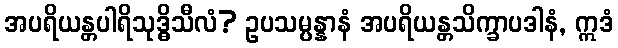
အပရိယန္တပါရိသုဒ္ဓိသီလံ? ဥပသမ္ပန္နာနံ အပရိယန္တသိက္ခာပဒါနံ, ဣဒံ